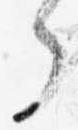
了